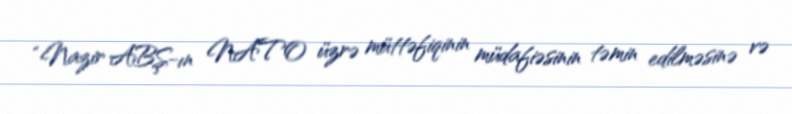
“Nazir ABŞ-ın NATO üzrə müttəfiqinin müdafiəsinin təmin edilməsinə və